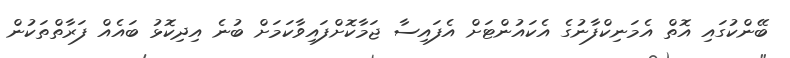
ބޭންކުގައި އޮތް އެމަނިކްފާނުގެ އެކައުންޓަށް އެފައިސާ ޖަމާކޮށްފައިވާކަމަށް ބުނެ އިދިކޮޅު ބައެއް ފަރާތްތަކުން